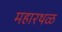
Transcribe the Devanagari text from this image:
महारथळ